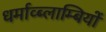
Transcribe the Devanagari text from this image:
धर्माव्ब्लाम्बियों